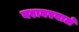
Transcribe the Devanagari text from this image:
बराबरवाले